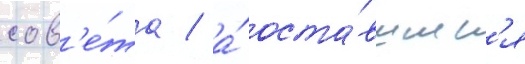
сов'е́та / а́ оста́вшиес'я